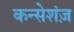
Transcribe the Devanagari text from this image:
कन्सेशंज़